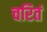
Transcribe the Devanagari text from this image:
चरितं